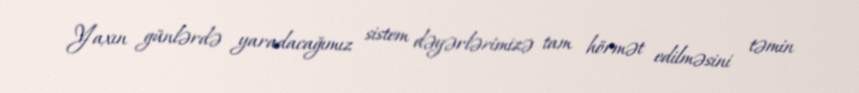
Yaxın günlərdə yaradacağımız sistem dəyərlərimizə tam hörmət edilməsini təmin